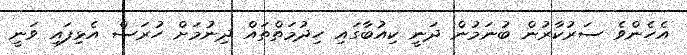
އެހެންވެ ސަރުކާރުން ބުނަމުން ދަނީ ކިއުބާގައި ހިދުމަތްތައް ދިނުމަށް ހުރަސް އެޅިފައި ވަނީ